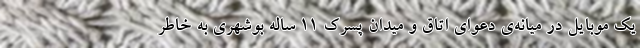
یک موبایل در میانه‌ی دعوای اتاق و میدان پسرک 11 ساله بوشهری به خاطر